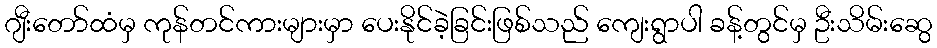
ဂျီးတော်ထံမှ ကုန်တင်ကားများမှာ ပေးနိုင်ခဲ့ခြင်းဖြစ်သည် ကျေးရွာပါ ခန့်တွင်မှ ဦးသိမ်းဆွေ